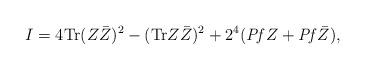
LaTeX: \begin{align*}I=4\mbox{Tr}(Z\bar Z)^2 -(\mbox{Tr}Z\bar Z)^2+2^4({\it Pf}Z+{\it Pf}\bar Z), \end{align*}